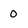
Character: 0